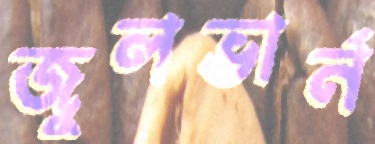
জুলভার্ন